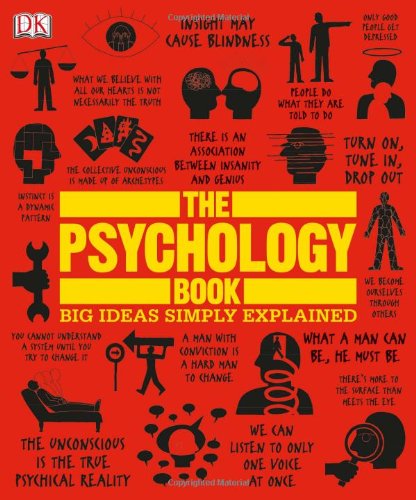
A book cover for The Psychology Book (Big Ideas Simply Explained); Nigel Benson; Medical Books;